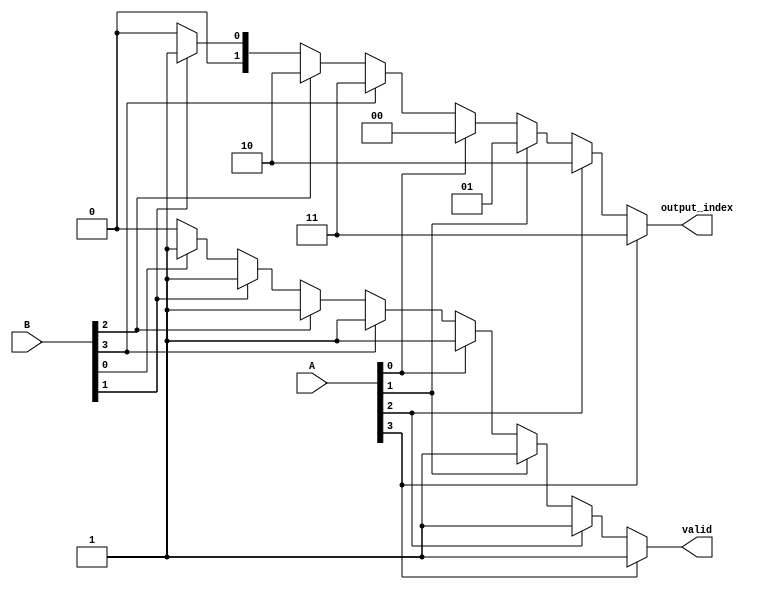
module dual_priority_encoder (
    input wire [3:0] A, // Set A inputs (e.g., A0, A1, A2, A3)
    input wire [3:0] B, // Set B inputs (e.g., B0, B1, B2, B3)
    output reg [1:0] output_index, // Encoded output index
    output reg valid // Output validity signal
);

always @(*) begin
    // Default values
    output_index = 2'b00;
    valid = 1'b0;

    // Check Set A first (higher priority)
    if (A[3]) begin
        output_index = 2'b11; // A3
        valid = 1'b1;
    end else if (A[2]) begin
        output_index = 2'b10; // A2
        valid = 1'b1;
    end else if (A[1]) begin
        output_index = 2'b01; // A1
        valid = 1'b1;
    end else if (A[0]) begin
        output_index = 2'b00; // A0
        valid = 1'b1;
    end 
    // If no active inputs from Set A, check Set B
    else if (B[3]) begin
        output_index = 2'b11; // B3
        valid = 1'b1;
    end else if (B[2]) begin
        output_index = 2'b10; // B2
        valid = 1'b1;
    end else if (B[1]) begin
        output_index = 2'b01; // B1
        valid = 1'b1;
    end else if (B[0]) begin
        output_index = 2'b00; // B0
        valid = 1'b1;
    end
end

endmodule